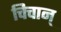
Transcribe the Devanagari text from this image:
चिचान्